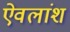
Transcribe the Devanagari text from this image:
ऐवलांश